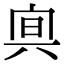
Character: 𠔙